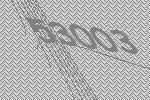
53003